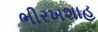
ભીરખશાહ